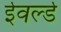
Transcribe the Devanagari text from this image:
ईवर्ल्ड